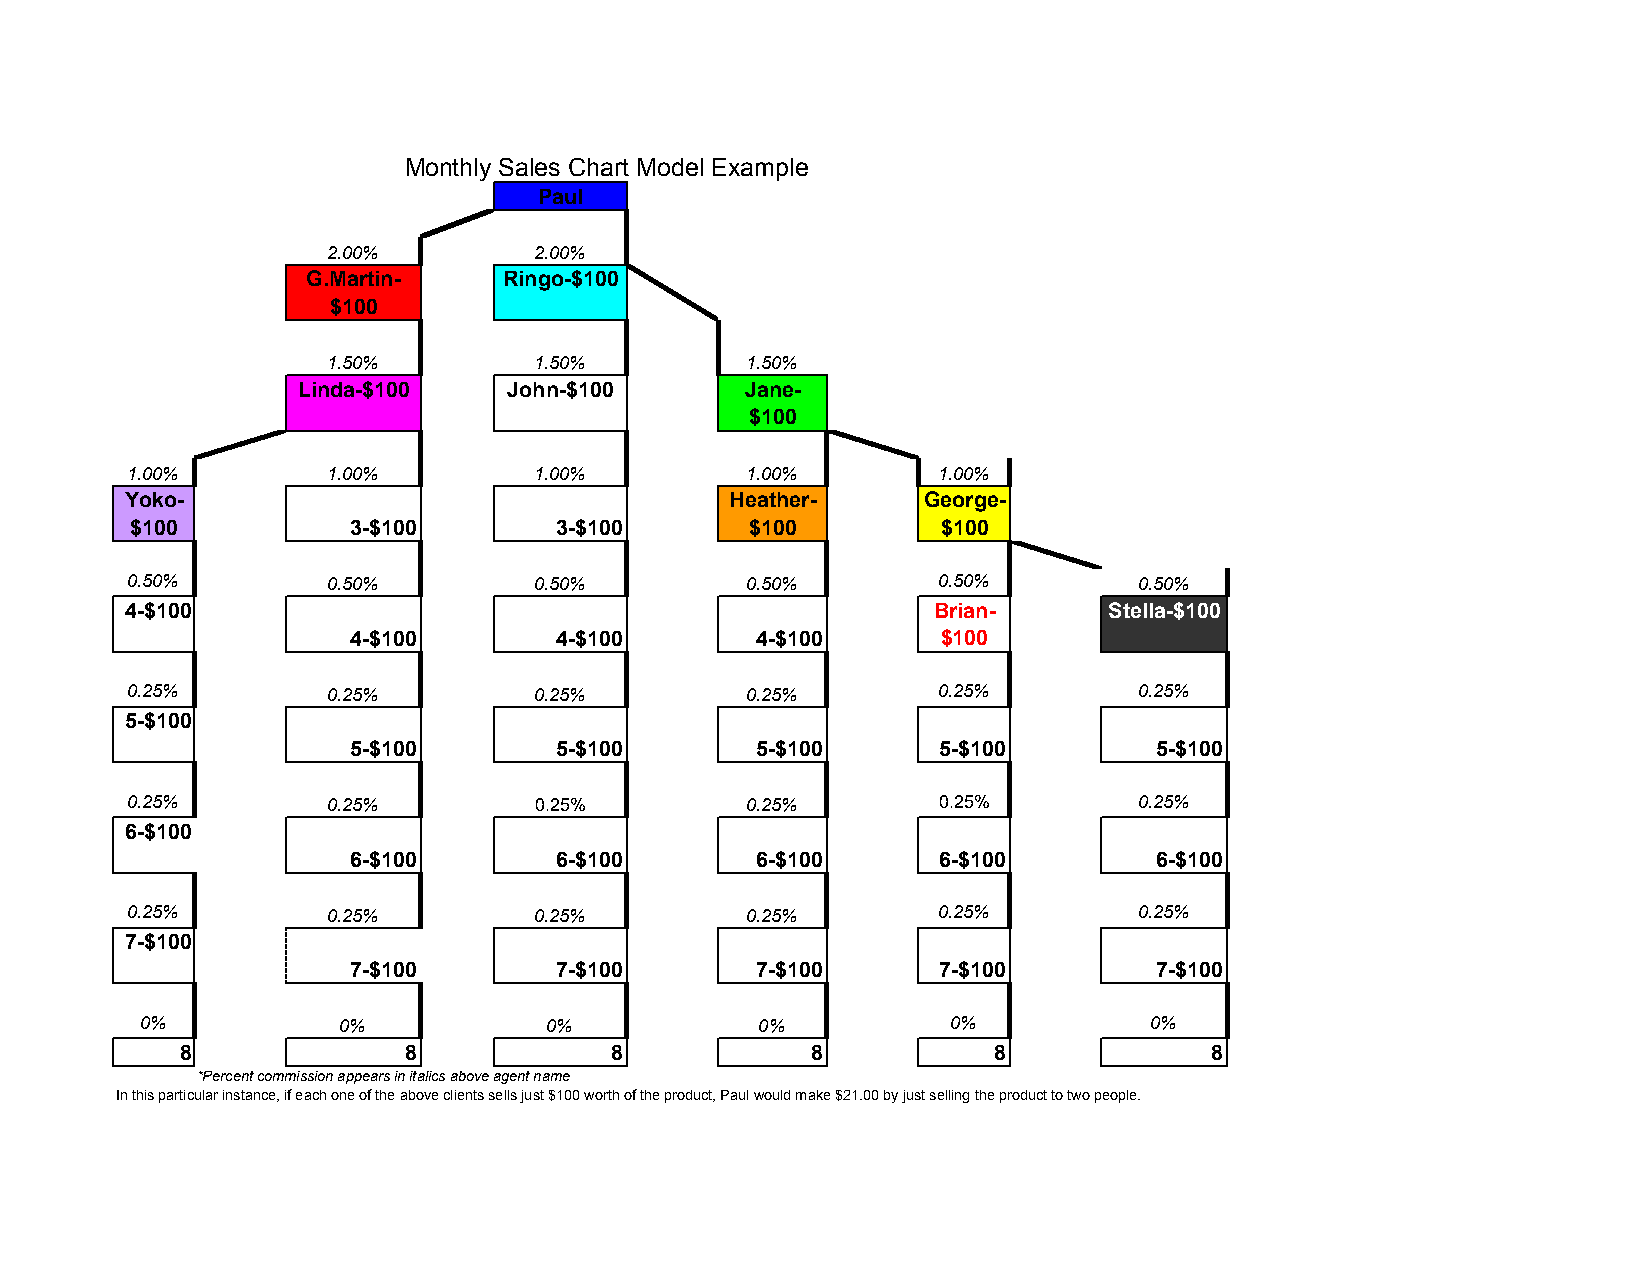
Monthly Sales Chart Model Example
 Paul
 2.00%        2.00%
 G.Martin-    Ringo-$100
 $100
 1.50%        1.50%         1.50%
 Linda-$100    John-$100      Jane-
 $100
 1.00%         1.00%        1.00%         1.00%        1.00%
 Yoko-                                   Heather-     George-
 $100          3-$100        3-$100       $100        $100
 0.50%         0.50%        0.50%         0.50%        0.50%        0.50%
 4-$100                                                Brian-     Stella-$100
 4-$100        4-$100       4-$100      $100
 0.25%         0.25%        0.25%         0.25%        0.25%        0.25%
 5-$100
 5-$100        5-$100       5-$100      5-$100         5-$100
 0.25%         0.25%        0.25%         0.25%        0.25%        0.25%
 6-$100
 6-$100        6-$100       6-$100      6-$100         6-$100
 0.25%         0.25%        0.25%         0.25%        0.25%        0.25%
 7-$100
 7-$100        7-$100       7-$100      7-$100         7-$100
 0%           0%            0%            0%           0%           0%
 8              8            8             8           8             8
 *Percent commission appears in italics above agent name
 In this particular instance, if each one of the above clients sells just $100 worth of the product, Paul would make $21.00 by just selling the product to two people.